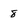
Character: 8